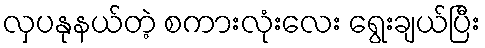
လှပနုနယ်တဲ့ စကားလုံးလေး ရွေးချယ်ပြီး